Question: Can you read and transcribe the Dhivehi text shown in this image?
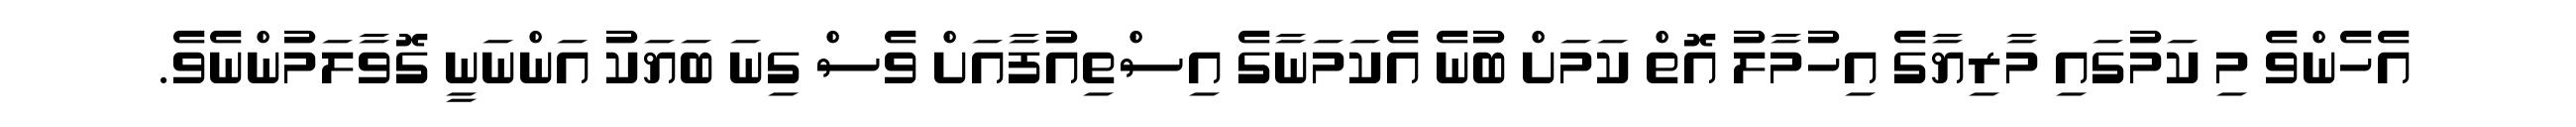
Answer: އެހެންވެ މި ކަމުގައި މާރިޔާގެ އިހުމާލު އޮތް ކަމަށް ބުނެ އެކަމަނާގެ އިސްތިއުފާއަށް ވެސް ގިނަ ބަޔަކު އަންނަނީ ގޮވާލަމުންނެވެ.